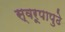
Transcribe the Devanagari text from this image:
स्वरूपापुढे